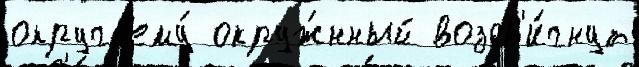
округ ему́ окруж́нный воздв'и́гнут